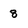
Character: 8